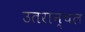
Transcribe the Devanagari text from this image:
उतरान्चल